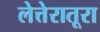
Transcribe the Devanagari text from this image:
लेत्तेरातूरा